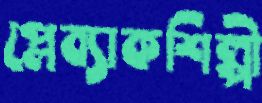
প্লেব্যাকশিল্পী